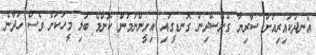
އެނދުކައިރިއަށް ސާރިޔާ ގެނެސްދިން ގޮނޑީގައި އިށީންނަމުން ކޮންމެ ބަލި މީހަކަށް ވެސް ހަދާނެ